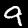
Label: 9